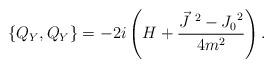
LaTeX: \begin{align*}\{Q_Y , Q_Y\}=-2i\left( H +\frac{{\vec J}^{~2} - {J_0}^2}{4 m^2}\right).\end{align*}